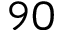
9 0